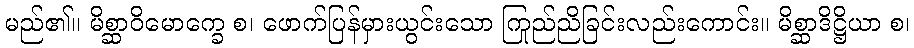
မည်၏။ မိစ္ဆာဝိမောက္ခေ စ၊ ဖောက်ပြန်မှားယွင်းသော ကြည်ညိုခြင်းလည်းကောင်း။ မိစ္ဆာဒိဋ္ဌိယာ စ၊